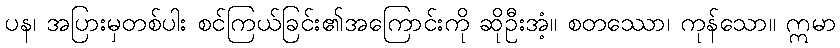
ပန၊ အပြားမှတစ်ပါး စင်ကြယ်ခြင်း၏အကြောင်းကို ဆိုဦးအံ့။ စတဿော၊ ကုန်သော။ ဣမာ